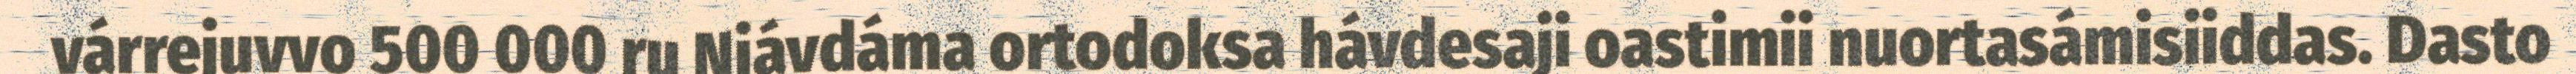
várrejuvvo 500 000 ru Njávdáma ortodoksa hávdesaji oastimii nuortasámisiiddas. Dasto